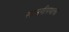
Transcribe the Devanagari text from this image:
खासगीपणाचा